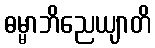
ဓမ္မာဘိညေယျာတိ